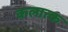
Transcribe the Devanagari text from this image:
कलात्क